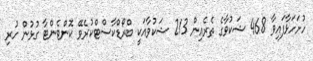
ހުށަހަޅާފައިވާ 468 ޝަކުވާގެ ތެރެއިން 213 ޝަކުވާއަކީ ބްރޯޑްކާސްޓްކުރެވޭ ކޮންޓެންޓާ ގުޅުން ހުރި